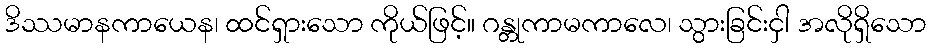
ဒိဿမာနကာယေန၊ ထင်ရှားသော ကိုယ်ဖြင့်။ ဂန္တုကာမကာလေ၊ သွားခြင်းငှါ အလိုရှိသော